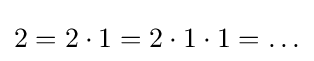
2=2\cdot 1=2\cdot 1\cdot 1=\ldots